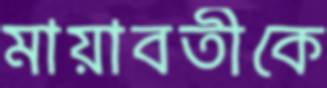
মায়াবতীকে